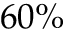
6 0 \%